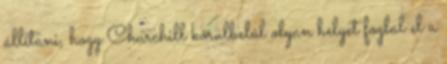
állítani, hogy Churchill körülbelül olyan helyet foglal el a